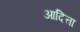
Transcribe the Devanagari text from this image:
आदित्ता